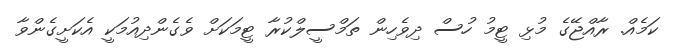
ކަމެެއް. ރާއްޖޭގެ މުޅި ޓީމު ހުސް ދިވެހިން ތަމްސީލްކުރާ ޓީމަކަށް ވެގެންދިއުމަކީ އެކަށީގެންވާ